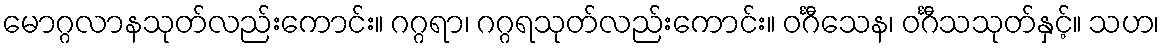
မောဂ္ဂလာနသုတ်လည်းကောင်း။ ဂဂ္ဂရာ၊ ဂဂ္ဂရသုတ်လည်းကောင်း။ ဝင်္ဂီသေန၊ ဝင်္ဂီသသုတ်နှင့်။ သဟ၊